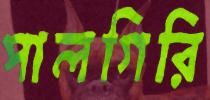
পালগিরি